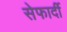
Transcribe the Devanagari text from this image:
सेफार्दी